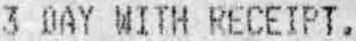
3 DAY WITH RECEIPT.